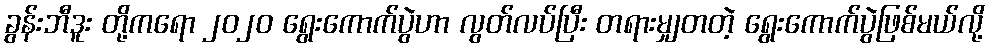
ခွန်းဘီဒူး တို့ကရော ၂၀၂၀ ရွေးကောက်ပွဲဟာ လွတ်လပ်ပြီး တရားမျှတတဲ့ ရွေးကောက်ပွဲဖြစ်မယ်လို့